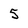
Character: 5